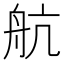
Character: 航